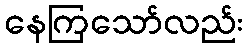
နေကြသော်လည်း